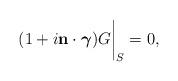
LaTeX: \begin{align*}(1+i{\bf n}\cdot\mbox{\boldmath{$\gamma$}})G\bigg|_{S}=0,\end{align*}